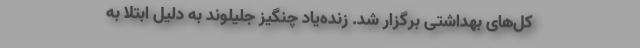
کل‌های بهداشتی برگزار شد. زنده‌یاد چنگیز جلیلوند به دلیل ابتلا به